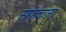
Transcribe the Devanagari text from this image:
संगीतकारांसह